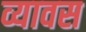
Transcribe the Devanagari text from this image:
व्यावस